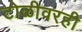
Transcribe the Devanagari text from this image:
टोळीवरही